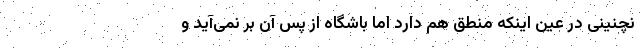
نچنینی در عین اینکه منطق هم دارد اما باشگاه از پس آن بر نمی‌آید و